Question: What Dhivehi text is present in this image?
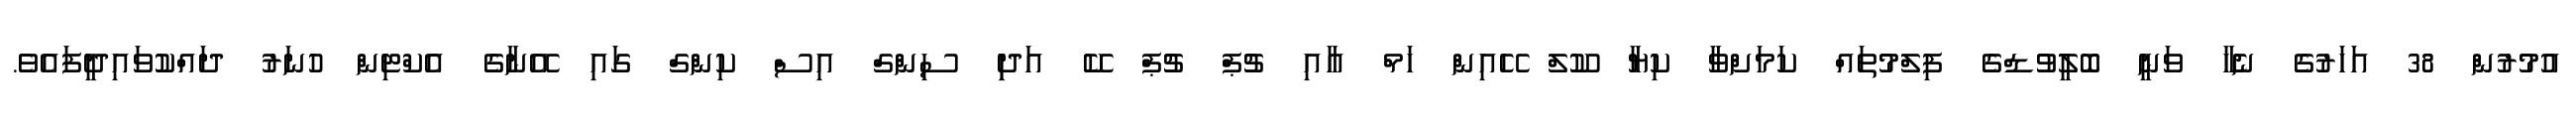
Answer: އުމުރުން 38 އަހަރުގެ ނެހާ ވަނީ ބޮލީވުޑްގެ ފިލްމުތައް ކަމަށްވާ ކިޔާ ކޫލް ހޭއިން ހަމް އާއި ޗުޕް ޗުޕް ކޭ އަދިި ސިންގް އިސް ކިންގް ގައި އޭނާގެ އެކްޓިން ހުނަރު ދައްކުވައިދީފައެވެ.